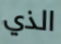
الذي